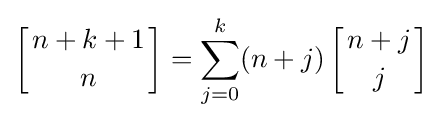
\left[{n+k+1 \atop n}\right]=\sum _{j=0}^{k}(n+j)\left[{n+j \atop j}\right]